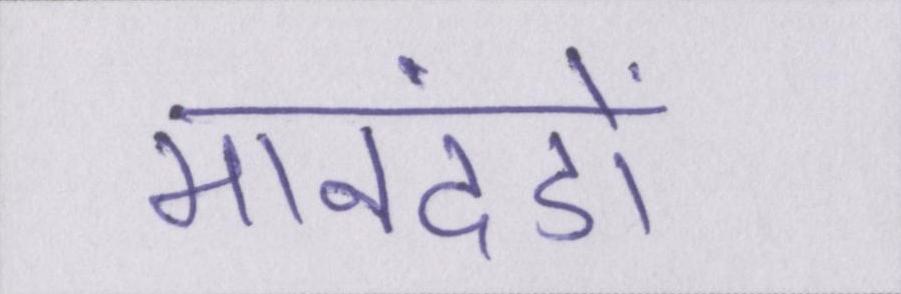
मानदंडों